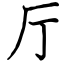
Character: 厅